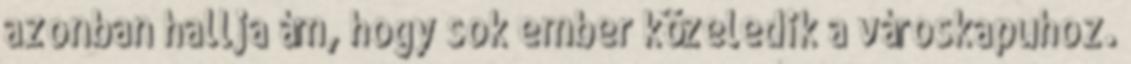
azonban hallja ám, hogy sok ember közeledik a városkapuhoz.